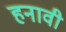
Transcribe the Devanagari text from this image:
हनावी